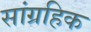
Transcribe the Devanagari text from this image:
सांग्रहिक